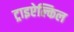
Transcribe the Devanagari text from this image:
ट्राइऐल्किल